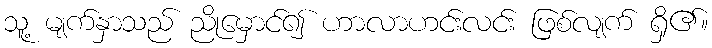
သူ့ မျက်နှာသည် ညိုမှောင်၍ ဟာလာဟင်းလင်း ဖြစ်လျက် ရှိ၏။